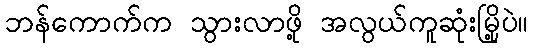
ဘန်ကောက်က သွားလာဖို့ အလွယ်ကူဆုံးမြို့ပဲ။